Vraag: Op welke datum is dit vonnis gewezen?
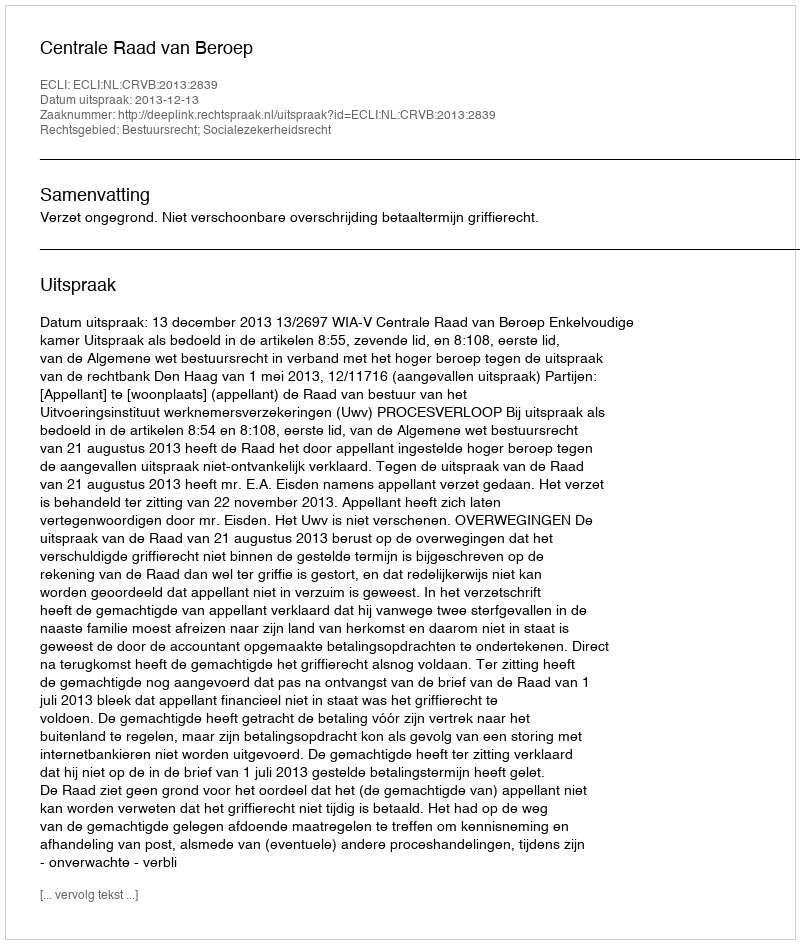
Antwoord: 2013-12-13